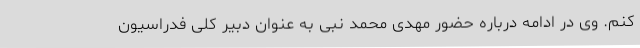
کنم. وی در ادامه درباره حضور مهدی محمد نبی به عنوان دبیر کلی فدراسیون